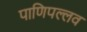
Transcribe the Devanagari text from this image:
पाणिपल्लव